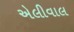
એલીવાલ